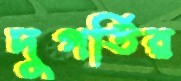
দুগর্তির